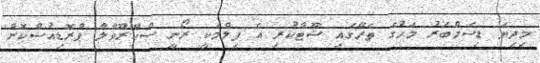
މިދިޔަ ޑިސެމްބަރު މަހުގެ ތެރޭގައި ޝޫޓްކުރި އެ ފިލްމަކީ ރޯނީ ސްކްރޫވާލާ ޕްރޮޑިއުސްކޮށް